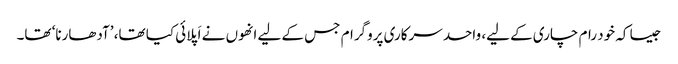
جیسا کہ خود رام چاری کے لیے، واحد سرکاری پروگرام جس کے لیے انھوں نے اَپلائی کیا تھا، ’آدھارنا‘ تھا۔